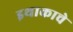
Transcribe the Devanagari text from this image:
इथाकाचे